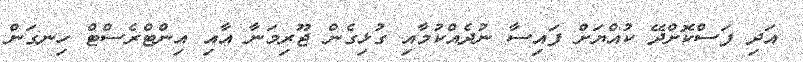
އަދި ފަސްކޮށްދޭ ކުއްޔަށް ފައިސާ ނުދެއްކުމާއި ގުޅިގެން ޖޫރިމަނާ އާއި އިންޓްރެސްޓް ހިނގަން